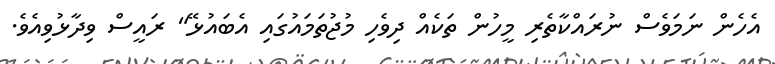
އެހެން ނަމަވެސް ނުރައްކާތެރި މީހުން ތަކެއް ދިވެހި މުޖުތަމައުގައި އެބައުޅޭ" ރައީސް ވިދާޅުވިއެވެ.